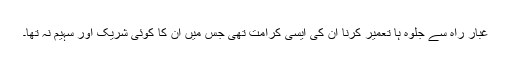
غبار راہ سے جلوہ ہا تعمیر کرنا ان کی ایسی کرامت تھی جس میں ان کا کوئی شریک اور سہیم نہ تھا۔